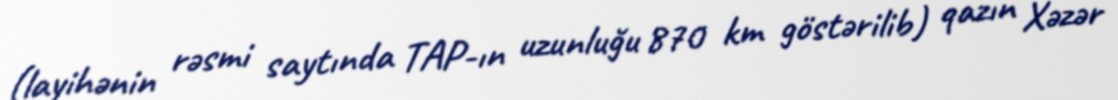
(layihənin rəsmi saytında TAP-ın uzunluğu 870 km göstərilib) qazın Xəzər